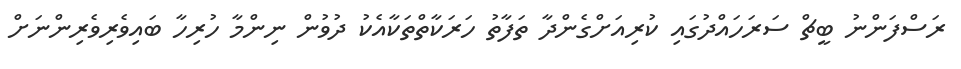
ރަސްފަންނު ބީޗް ސަރަހައްދުގައި ކުރިއަށްގެންދާ ތަފާތު ހަރަކާތްތަކާއެކު ދުވުން ނިންމާ ހުރިހާ ބައިވެރިވެރިންނަށް